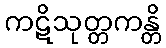
ကဋိသုတ္တကန္တိ